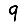
Digit: 9